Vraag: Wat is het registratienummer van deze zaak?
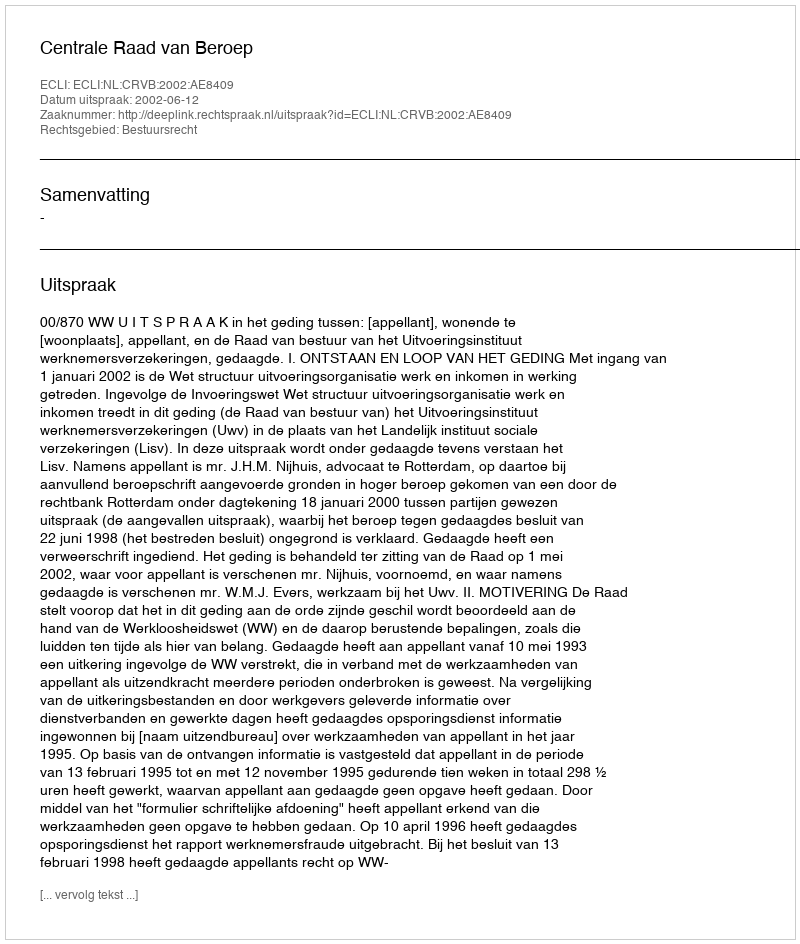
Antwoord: http://deeplink.rechtspraak.nl/uitspraak?id=ECLI:NL:CRVB:2002:AE8409